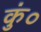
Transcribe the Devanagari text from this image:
कुं०